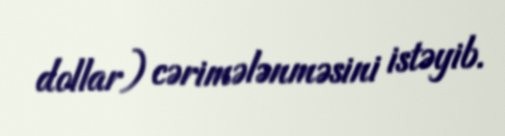
dollar) cərimələnməsini istəyib.